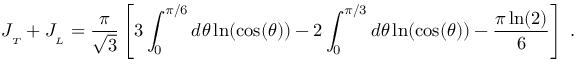
J _ { _ { T } } + J _ { _ { L } } = { \frac { \pi } { \sqrt { 3 } } } \left[ 3 \int _ { 0 } ^ { \pi / 6 } d \theta \ln ( \cos ( \theta ) ) - 2 \int _ { 0 } ^ { \pi / 3 } d \theta \ln ( \cos ( \theta ) ) - { \frac { \pi \ln ( 2 ) } { 6 } } \right] \; .